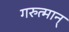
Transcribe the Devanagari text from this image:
गरुत्मान्